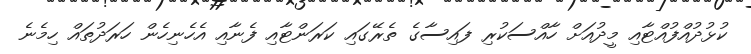
ކުޅުދުއްފުއްޓާއި މީދުއަށް ހާއްސަކުރި ފައިސާގެ ތެރޭގައި ކަރަންޓާއި ފެނާއި އެހެނިހެން ހަރަދުތައް ހިމެނެ